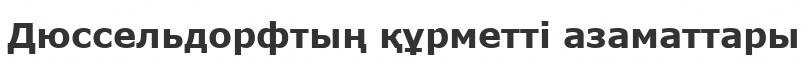
Дюссельдорфтың құрметті азаматтары